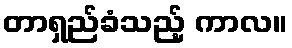
တာရှည်ခံသည့် ကာလ။